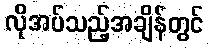
လိုအပ်သည့်အချိန်တွင်